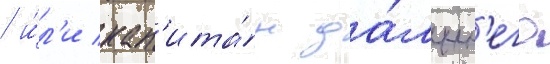
/ и́л'и кап'ита́н да́льн'его